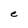
Character: e